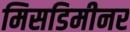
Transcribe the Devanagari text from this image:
मिसडिमीनर